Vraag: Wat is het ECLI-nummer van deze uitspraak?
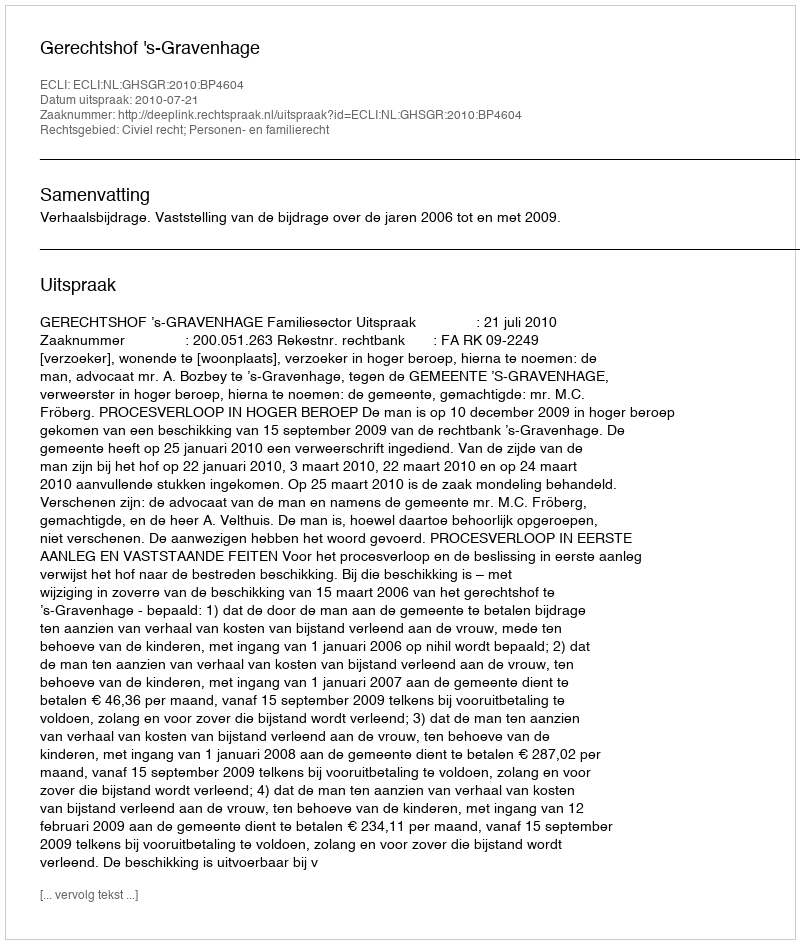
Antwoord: ECLI:NL:GHSGR:2010:BP4604